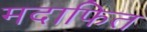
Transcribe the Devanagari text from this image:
मदाफित